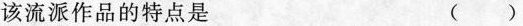
该流派作品的特点是 ()